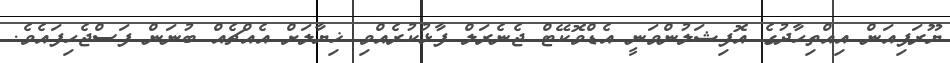
ޔޫރަޕިއަން އިއްތިހާދުގެ އޮފިޝަލުންވަނީ އެޑްވޮކޭޓް ޖެނެރަލް ފާޅުކުރެއްވި ޚިޔާލަށް އެއްޗެއް ބުނަން ފަސްޖެހިފައެވެ.